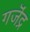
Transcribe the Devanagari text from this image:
गजॆंद्र